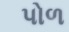
પોળ